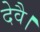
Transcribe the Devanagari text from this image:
देवै।